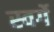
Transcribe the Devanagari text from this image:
स्वर्गे